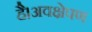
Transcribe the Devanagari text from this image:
है।अवक्षेपण